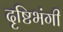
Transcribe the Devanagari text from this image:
दृष्टिभंगी